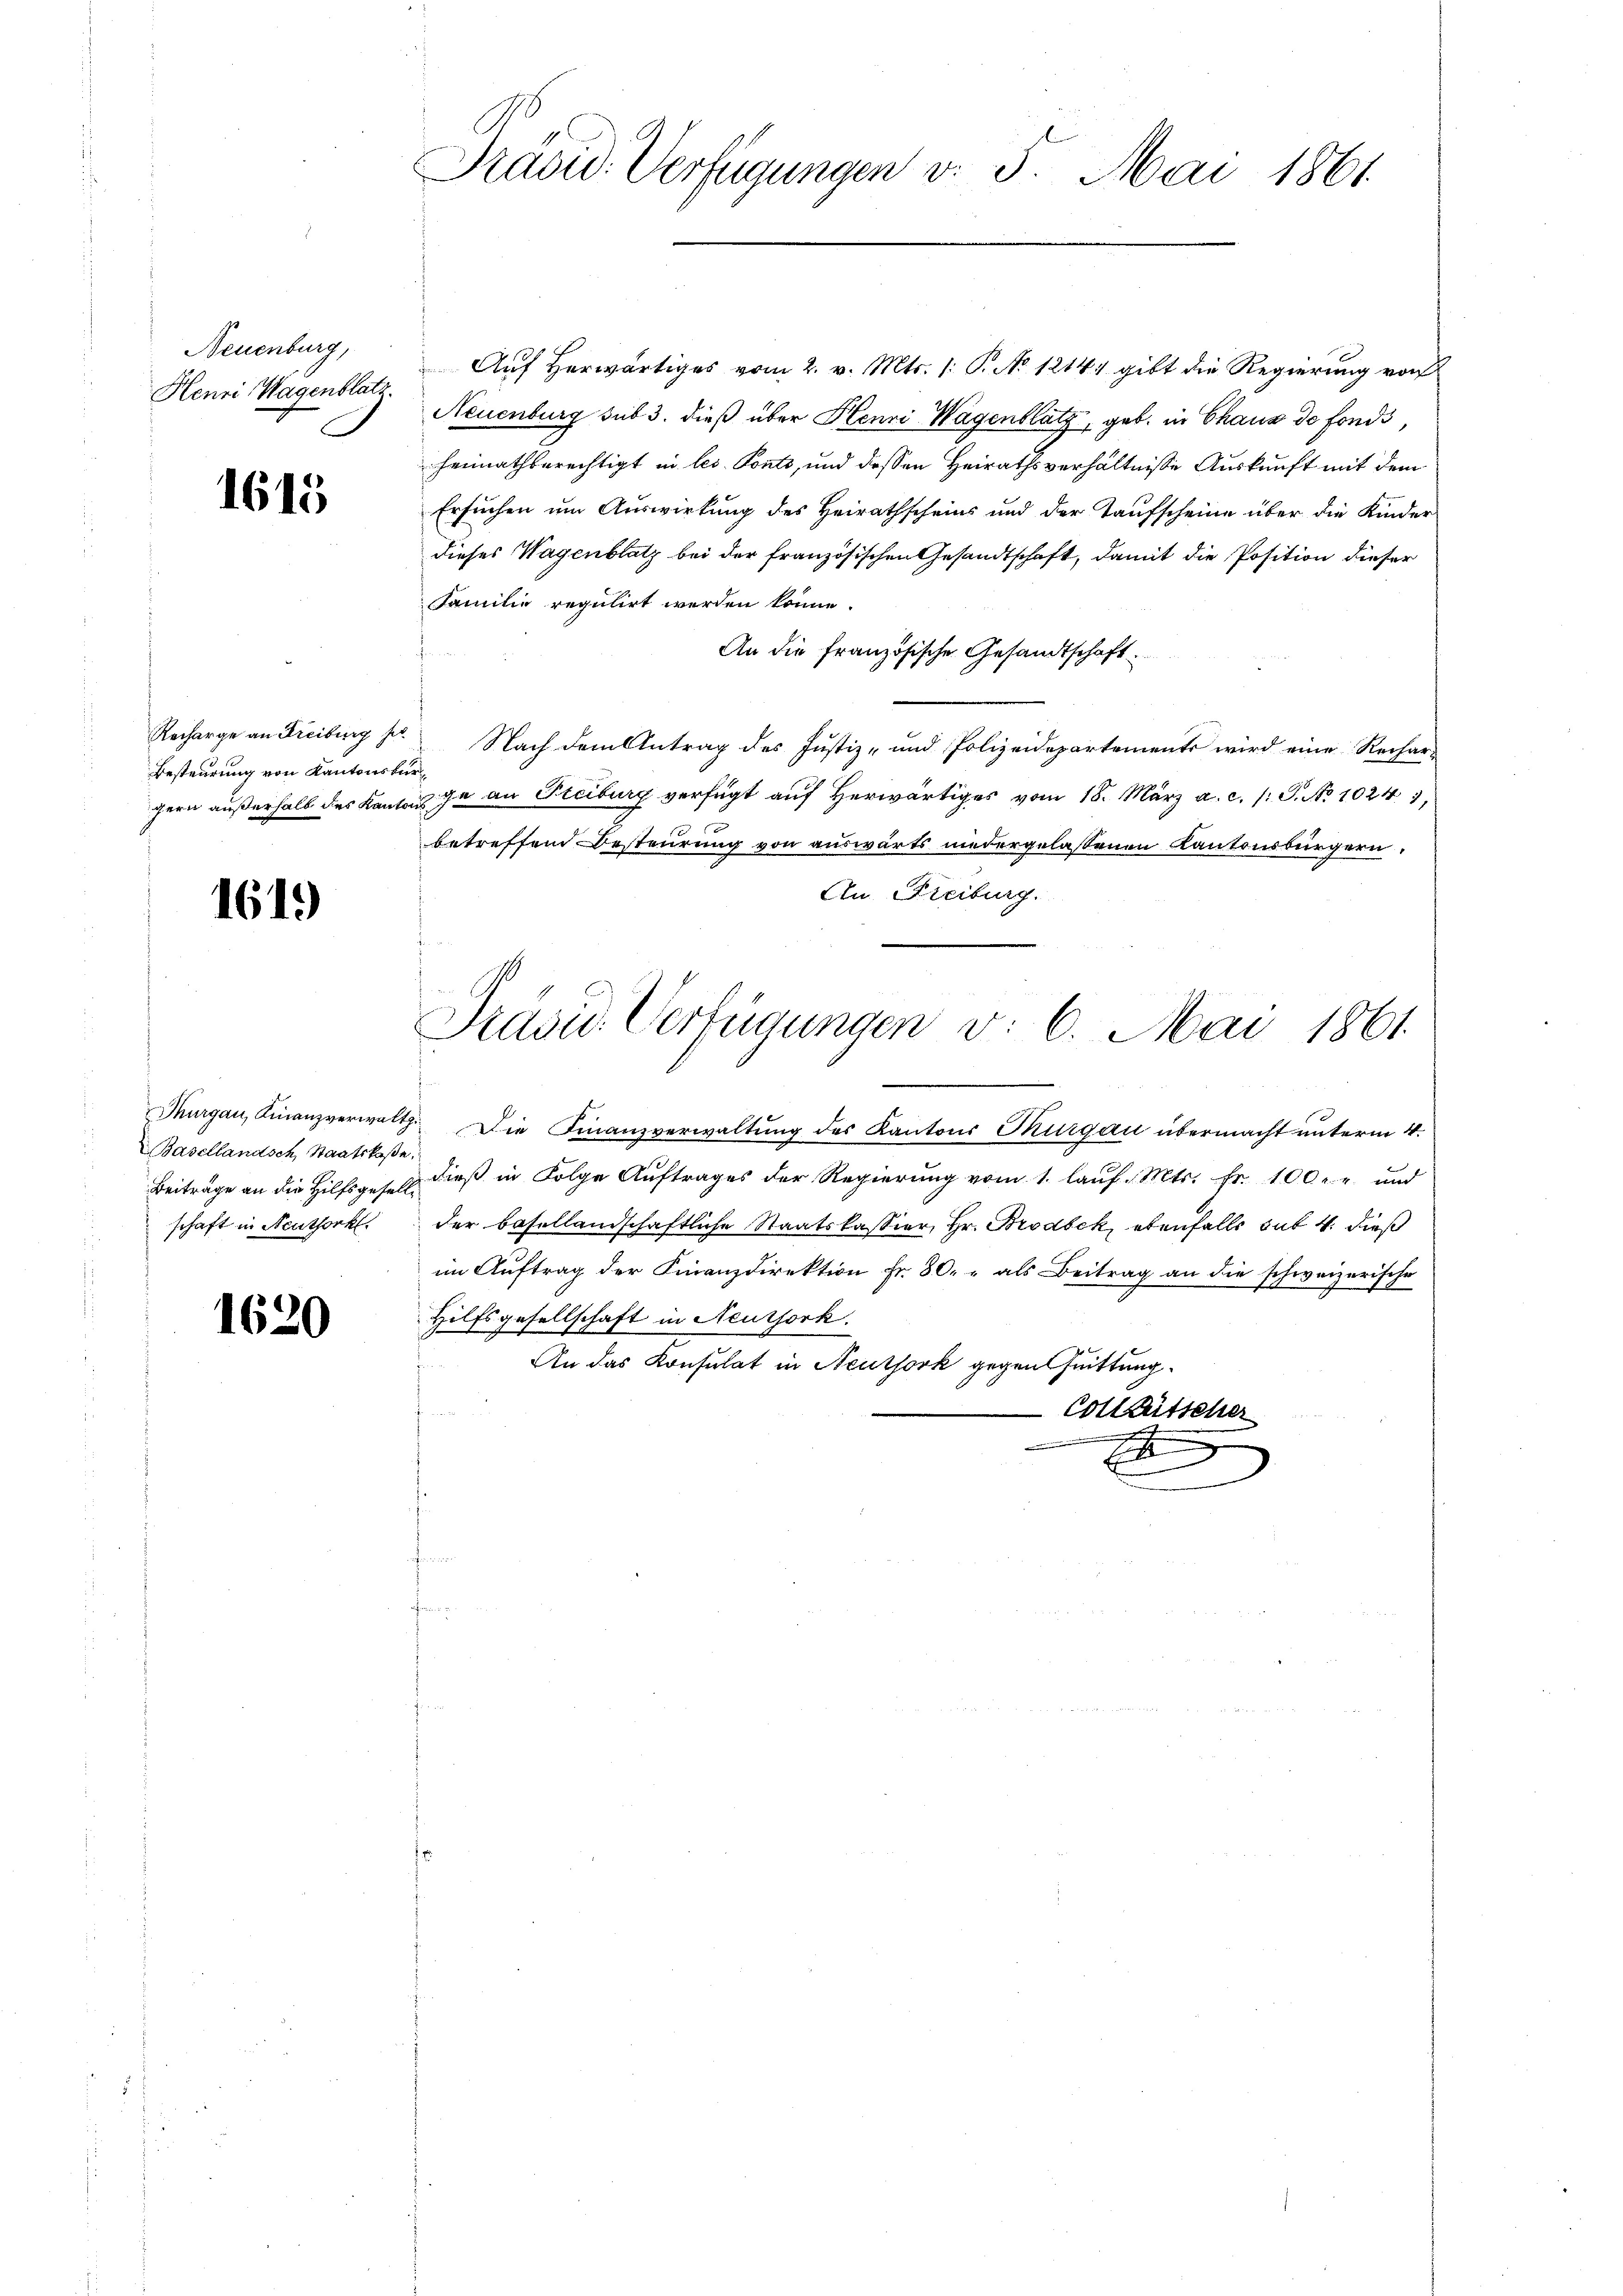
Neuenburg,
Henri Wagenblatz.

1615

Besteurung von Kantonsbür¬

1619)

Auf herwärtiges vom 2. v. Mts. /: P. No 12141 gibt die Regierung von
Neuenburg sub 3. dieß über Henri Wagenblatz, geb. in Chaus de fonds,
heimathberechtigt in les Ponto, und dessen Heirathsverhältnisse Auskunft mit dem
Ersuchen um Auswirkung des Heirathscheins und der Taufscheine über die Kinder
dieses Wagenblatz bei der französischen Gesandtschaft, damit die Position dieser
Familie regulirt werden könne.
An die französische Gesandtschaft
Recharge an Freiburg u. Nach dem Antrag des Justiz- und Polizeidepartements wird eine Rechars
gern außerhalb des Kantons ja an Freiburg verfügt auf herwärtiges vom 18. März a. c. /: P. No 1024),
betreffend Besteurung von auswärts niedergelaßenen Kantonsbürgern,
An Freiburg.
Präsid. Verfügungen v. 6. Mai 1861.
s
Thurgau, Finanzverwalth. Die Finanzverwaltung des Kantons Thurgau übermacht unterm 4.
dieß in Folge Auftrages der Regierung vom 1. laŭf. Mts. fr. 100. r und
schaft in Neuthork der besellandschaftliche Staatskassier, Hr. Brodbek, ebenfalls hat 4. dieß
im Auftrag der Finanzdirektion fr. 80. " als Beitrag an die schweizerische
Hilfsgesellschaft in Neussork.
An das Konsulat in Neuthork gegen Quittung
Colletscher
.
x
x

Basellandsch, Staatskaße.
Beiträge an die Hilfsgesell¬

1620

Präsid. Verfügungen v. 5. Mai 1861